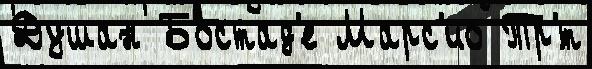
Душан Бостад'е Марс'ио Тр'́т